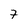
Character: 7